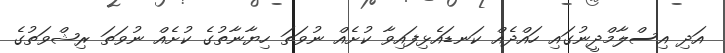
އަދި އިސްލާމްދީނުގައި ހައްދެއް ކަނޑައެޅިފައިވާ ކުށެއް ނުވަތަ ހިޔާނާތުގެ ކުށެއް ނުވަތަ ރިޝްވަތުގެ